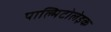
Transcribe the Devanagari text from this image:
पाल्मिटोलेइक